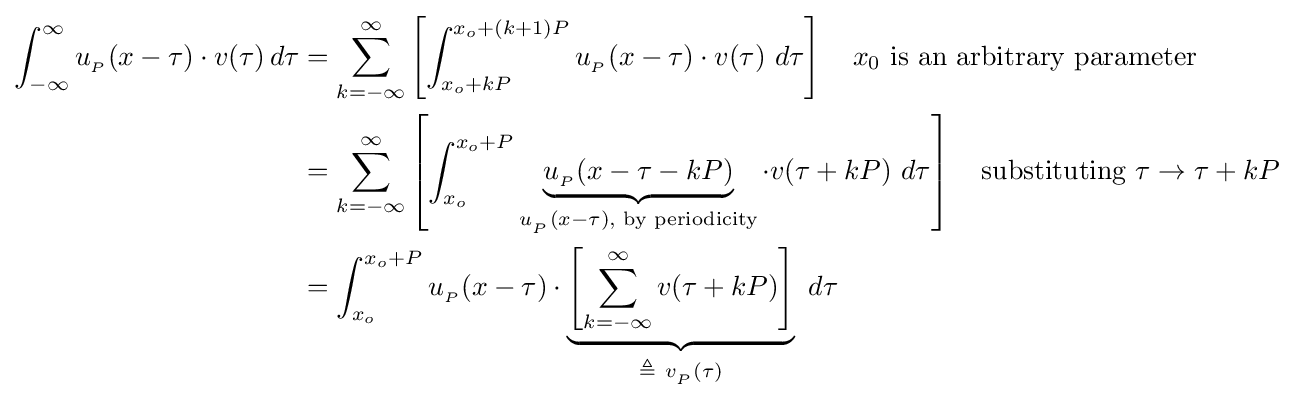
{\begin{aligned}\int _{-\infty }^{\infty }u_{_{P}}(x-\tau )\cdot v(\tau )\,d\tau &=\sum _{k=-\infty }^{\infty }\left[\int _{x_{o}+kP}^{x_{o}+(k+1)P}u_{_{P}}(x-\tau )\cdot v(\tau )\ d\tau \right]\quad x_{0}{\text{ is an arbitrary parameter}}\\&=\sum _{k=-\infty }^{\infty }\left[\int _{x_{o}}^{x_{o}+P}\underbrace {u_{_{P}}(x-\tau -kP)} _{u_{_{P}}(x-\tau ),{\text{ by periodicity}}}\cdot v(\tau +kP)\ d\tau \right]\quad {\text{substituting }}\tau \rightarrow \tau +kP\\&=\int _{x_{o}}^{x_{o}+P}u_{_{P}}(x-\tau )\cdot \underbrace {\left[\sum _{k=-\infty }^{\infty }v(\tau +kP)\right]} _{\triangleq \ v_{_{P}}(\tau )}\ d\tau \end{aligned}}